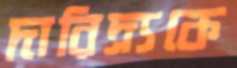
দারিদ্র্যকে